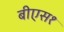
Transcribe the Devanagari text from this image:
बीएस१